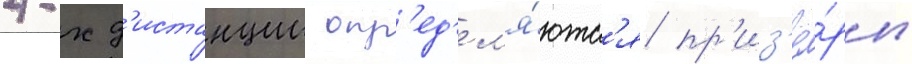
4-х д'истанции опр'ед'ел'я́ютс'я пр'из'ё́ры